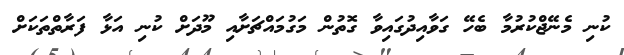
ކުނި މެނޭޖްކުރުމާ ބެހޭ ގަވާއިދުގައިވާ ގޮތުން މަގުމައްޗަށާއި މޫދަށް ކުނި އަޅާ ފަރާތްތަކަށް